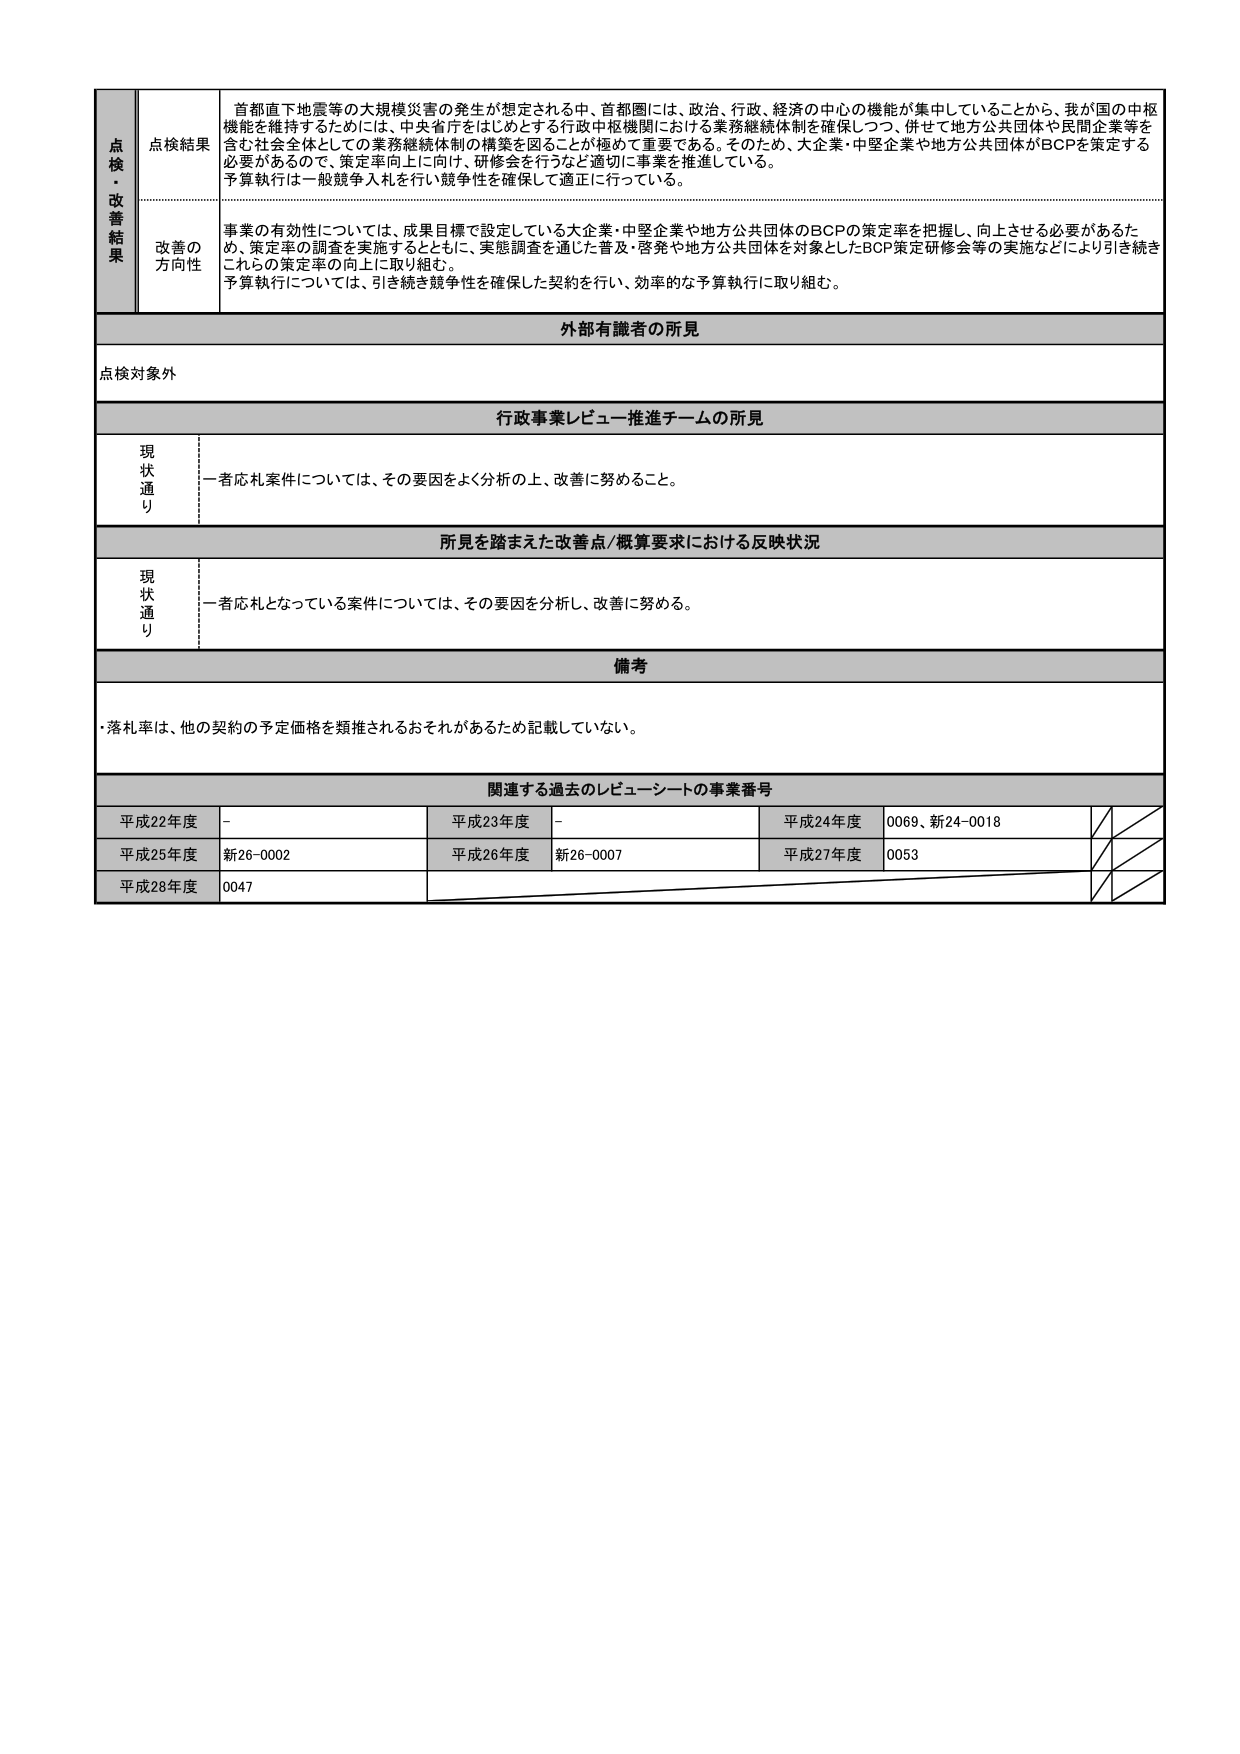
点検・改善結果
点検結果
首都直下地震等の大規模災害の発生が想定される中、首都圏には、政治、行政、経済の中心の機能が集中していることから、我が国の中枢機能を維持するためには、中央省庁をはじめとする行政中枢機関における業務継続体制を確保しつつ、併せて地方公共団体や民間企業等を含む社会全体としての業務継続体制の構築を図ることが極めて重要である。そのため、大企業・中堅企業や地方公共団体がBCPを策定する必要があるので、策定率向上に向け、研修会を行うなど適切に事業を推進している。
予算執行は一般競争入札を行い競争性を確保して適正に行っている。

改善の方向性
事業の有効性については、成果目標で設定している大企業・中堅企業や地方公共団体のBCPの策定率を把握し、向上させる必要があるため、策定率の調査を実施するとともに、実態調査を通じた普及・啓発や地方公共団体を対象としたBCP策定研修会等の実施などにより引き続きこれらの策定率の向上に取り組む。
予算執行については、引き続き競争性を確保した契約を行い、効率的な予算執行に取り組む。

外部有識者の所見
点検対象外

行政事業レビュー推進チームの所見
現状通り
一者応札案件については、その要因をよく分析の上、改善に努めること。

所見を踏まえた改善点/概算要求における反映状況
現状通り
一者応札となっている案件については、その要因を分析し、改善に努める。

備考
・落札率は、他の契約の予定価格を類推されるおそれがあるため記載していない。

関連する過去のレビューシートの事業番号
平成22年度　－
平成23年度　－
平成24年度　0069、新24-0018
平成25年度　新26-0002
平成26年度　新26-0007
平成27年度　0053
平成28年度　0047